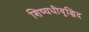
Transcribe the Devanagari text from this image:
शिष्यधीवृद्धिद